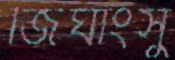
জিঘাংসু